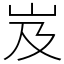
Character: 岌